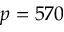
p = 5 7 0